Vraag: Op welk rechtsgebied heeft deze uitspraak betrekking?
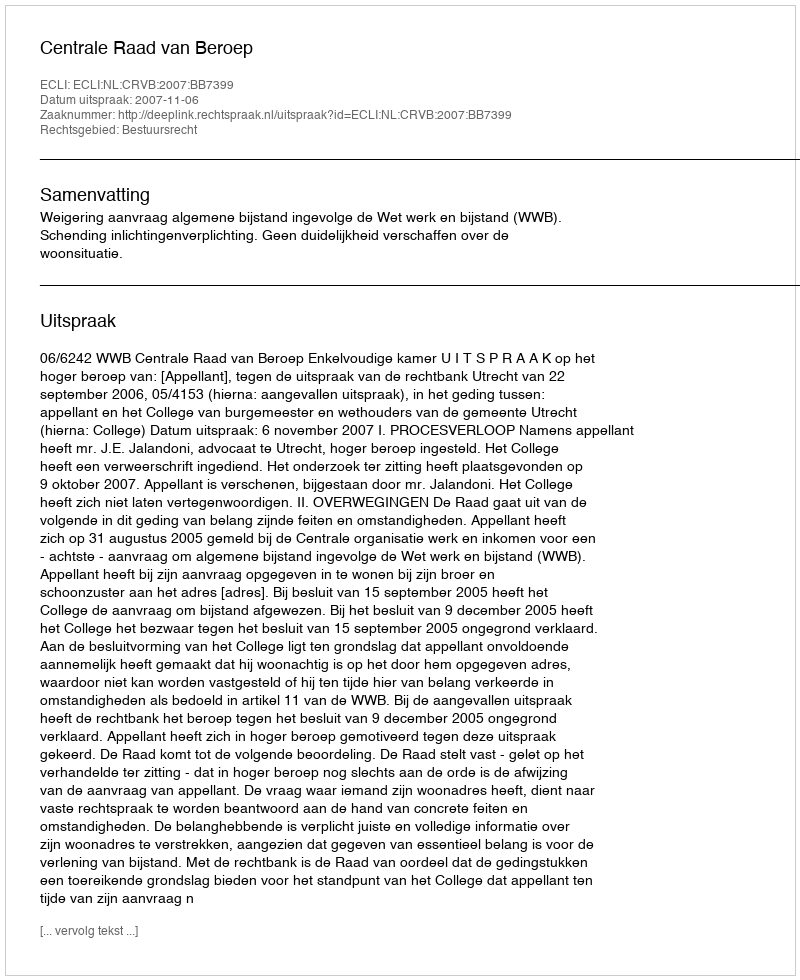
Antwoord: Bestuursrecht